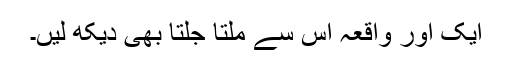
ایک اور واقعہ اس سے ملتا جلتا بھی دیکھ لیں۔